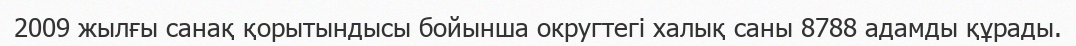
2009 жылғы санақ қорытындысы бойынша округтегі халық саны 8788 адамды құрады.